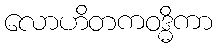
လောဟိတကဝဒ္ဓိကာ